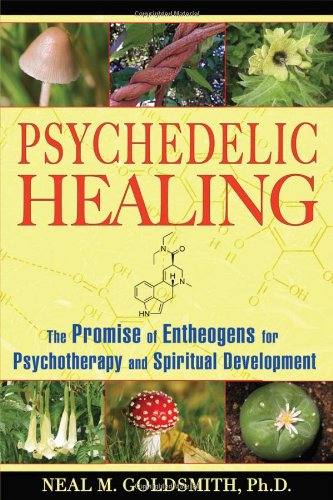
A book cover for Psychedelic Healing: The Promise of Entheogens for Psychotherapy and Spiritual Development; Neal M. Goldsmith; Religion & Spirituality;